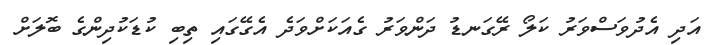
އަދި އެދުވަސްވަރު ކަލޯ ރޭގަނޑު ދަންވަރު ގެއަކަށްވަދެ އެގޭގައި ތިބި ކުޑަކުދިންގެ ބޮލަށް